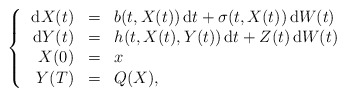
\begin{align*}\left\{\begin{array}{rll}\, \mathrm{d} X(t) & = & b(t,X(t))\, \mathrm{d} t+\sigma (t,X(t))\, \mathrm{d} W(t) \\\, \mathrm{d} Y(t) & = & h(t,X(t),Y(t))\, \mathrm{d} t+Z(t)\, \mathrm{d} W(t)\\X(0) & = & x \\Y(T) & = & Q(X),\end{array}\right.\end{align*}